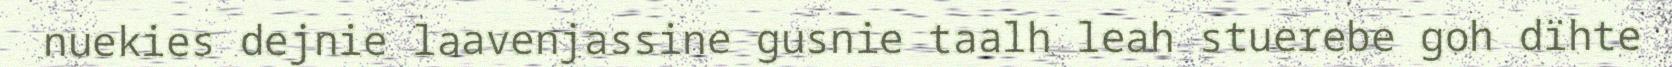
nuekies dejnie laavenjassine gusnie taalh leah stuerebe goh dïhte